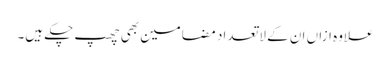
علاوہ ازاں ان کے لاتعداد مضامین بھی چھپ چکے ہیں۔